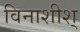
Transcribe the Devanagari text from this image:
विनाशीश्